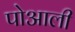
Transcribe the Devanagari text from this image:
पोआली